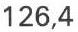
126,4